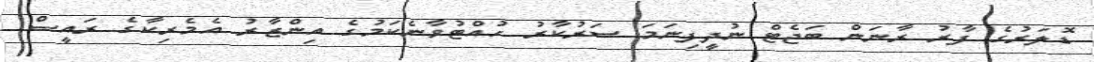
ޑޮލަރުގެ ފާރު ރާނަން ބަޖެޓް ނުދީފިނަމަ ސަރުކާރު ހުއްޓުވާނެކަމުގެ އިންޒާރު އެމެރިކާގެ ރައީސް